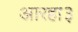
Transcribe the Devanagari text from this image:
आरहा३